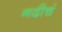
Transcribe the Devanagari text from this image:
नदीचं